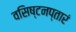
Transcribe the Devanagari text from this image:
वसिष्टनप्तारं